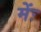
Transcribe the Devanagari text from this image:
मेंः